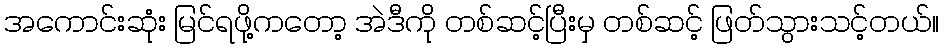
အကောင်းဆုံး မြင်ရဖို့ကတော့ အဲဒီကို တစ်ဆင့်ပြီးမှ တစ်ဆင့် ဖြတ်သွားသင့်တယ်။